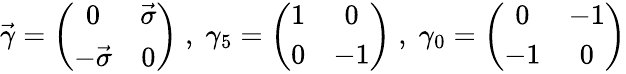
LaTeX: \vec{\gamma}=\left(\begin{array}{cc}{{0}}&{{\vec{\sigma}}}\\ {{-\vec{\sigma}}}&{{0}}\end{array}\right)\; ,\; \gamma_{5}=\left(\begin{array}{cc}{{1}}&{{0}}\\ {{0}}&{{-1}}\end{array}\right)\; ,\; \gamma_{0}=\left(\begin{array}{cc}{{0}}&{{-1}}\\ {{-1}}&{{0}}\end{array}\right)